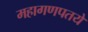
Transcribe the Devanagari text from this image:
महागणपतये